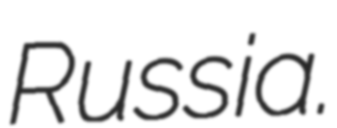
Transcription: Russia.